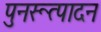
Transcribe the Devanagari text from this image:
पुनरूत्पादन